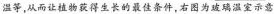
温等，从而让植物获得生长的最佳条件，右图为玻璃温室示意